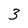
Character: 3